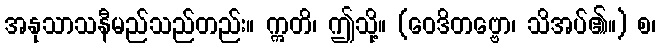
အနုသာသနီမည်သည်တည်း။ ဣတိ၊ ဤသို့။ (ဝေဒိတဗ္ဗော၊ သိအပ်၏။) စ၊